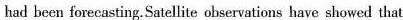
had been forecasting. Satellite ohservations have showed that